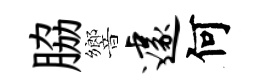
脇響遽何